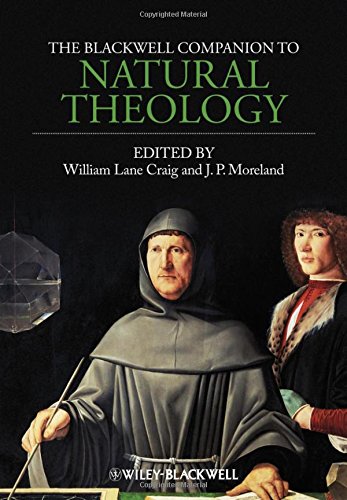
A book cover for The Blackwell Companion to Natural Theology; Politics & Social Sciences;